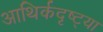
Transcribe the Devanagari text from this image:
आथिर्कदृष्ट्या